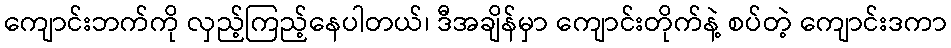
ကျောင်းဘက်ကို လှည့်ကြည့်နေပါတယ်၊ ဒီအချိန်မှာ ကျောင်းတိုက်နဲ့ စပ်တဲ့ ကျောင်းဒကာ